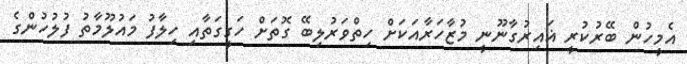
އެމީހުން ބޭރުކުރީ ޣައިރުގާނޫނީ މުޒާހަރާއަކަށް ހިތްވަރުލިބޭ ގޮތަށް ހަގީގަތާއި ހިލާފު މައުލޫމާތު ފުލުހުންގެ